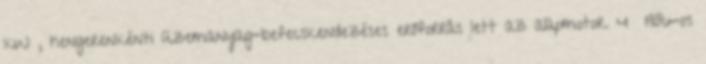
kW , hengerenkénti üzemanyag-befecskendezéses erőforrás lett az alapmotor. 4 1986-os